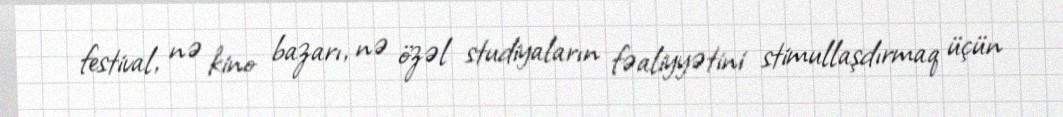
festival, nə kino bazarı, nə özəl studiyaların fəaliyyətini stimullaşdırmaq üçün